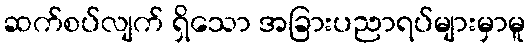
ဆက်စပ်လျက် ရှိသော အခြားပညာရပ်များမှာမူ